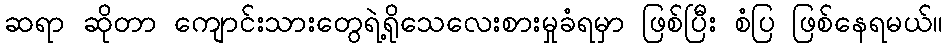
ဆရာ ဆိုတာ ကျောင်းသားတွေရဲ့ရိုသေလေးစားမှုခံရမှာ ဖြစ်ပြီး စံပြ ဖြစ်နေရမယ်။